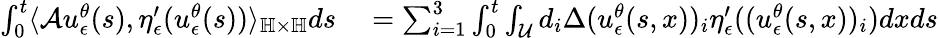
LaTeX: \begin{array}{rl}{\int_{0}^{t}\langle\mathcal{A}u_{\epsilon}^{\theta}(s),\eta_{\epsilon}^{\prime}(u_{\epsilon}^{\theta}(s))\rangle_{\mathbb{H}\times\mathbb{H}}ds}&{{}=\sum_{i=1}^{3}\int_{0}^{t}\int_{\mathcal{U}}d_{i}\Delta(u_{\epsilon}^{\theta}(s,x))_{i}\eta_{\epsilon}^{\prime}((u_{\epsilon}^{\theta}(s,x))_{i})dxds}\end{array}